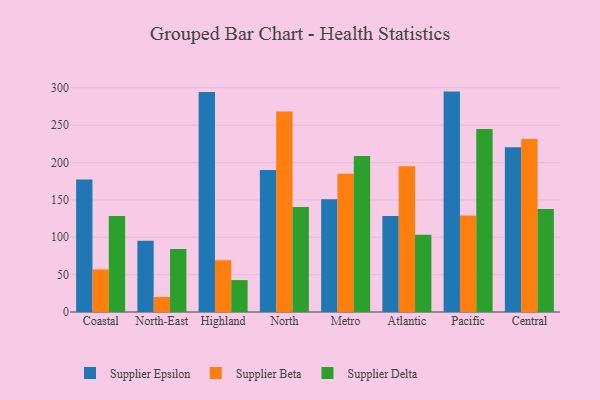
{"axis": {"x": "Region", "y": "Energy Usage (MWh)"}, "legend": ["Supplier Beta", "Supplier Delta", "Supplier Epsilon"], "data": [{"x": "Coastal", "y": 177.5, "type": "Supplier Epsilon"}, {"x": "Coastal", "y": 57.0, "type": "Supplier Beta"}, {"x": "Coastal", "y": 128.6, "type": "Supplier Delta"}, {"x": "North-East", "y": 95.4, "type": "Supplier Epsilon"}, {"x": "North-East", "y": 20.1, "type": "Supplier Beta"}, {"x": "North-East", "y": 84.4, "type": "Supplier Delta"}, {"x": "Highland", "y": 294.4, "type": "Supplier Epsilon"}, {"x": "Highland", "y": 69.3, "type": "Supplier Beta"}, {"x": "Highland", "y": 42.7, "type": "Supplier Delta"}, {"x": "North", "y": 190.0, "type": "Supplier Epsilon"}, {"x": "North", "y": 268.2, "type": "Supplier Beta"}, {"x": "North", "y": 140.7, "type": "Supplier Delta"}, {"x": "Metro", "y": 150.9, "type": "Supplier Epsilon"}, {"x": "Metro", "y": 185.2, "type": "Supplier Beta"}, {"x": "Metro", "y": 208.7, "type": "Supplier Delta"}, {"x": "Atlantic", "y": 128.4, "type": "Supplier Epsilon"}, {"x": "Atlantic", "y": 195.1, "type": "Supplier Beta"}, {"x": "Atlantic", "y": 103.5, "type": "Supplier Delta"}, {"x": "Pacific", "y": 295.0, "type": "Supplier Epsilon"}, {"x": "Pacific", "y": 129.0, "type": "Supplier Beta"}, {"x": "Pacific", "y": 244.8, "type": "Supplier Delta"}, {"x": "Central", "y": 220.6, "type": "Supplier Epsilon"}, {"x": "Central", "y": 231.7, "type": "Supplier Beta"}, {"x": "Central", "y": 138.0, "type": "Supplier Delta"}]}